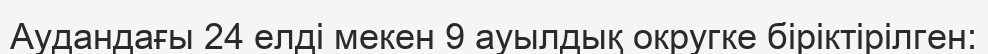
Аудандағы 24 елді мекен 9 ауылдық округке біріктірілген: